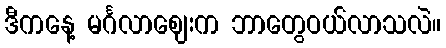
ဒီကနေ့ မင်္ဂလာဈေးက ဘာတွေဝယ်လာသလဲ။